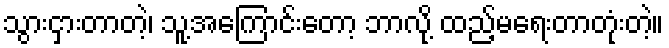
သွားငှားတာတဲ့၊ သူ့အကြောင်းတော့ ဘာလို့ ထည့်မရေးတာတုံးတဲ့။